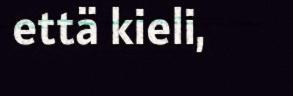
että kieli,